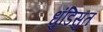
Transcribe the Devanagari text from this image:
धुंडिसुत